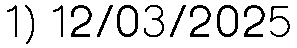
1) 12/03/2025